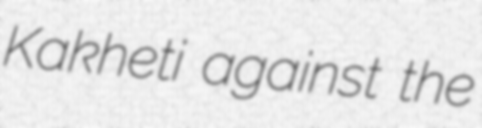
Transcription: Kakheti against the